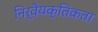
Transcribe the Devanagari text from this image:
निर्वैयक्तिकता